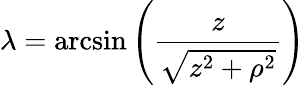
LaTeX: \lambda=\arcsin\left({\frac{z}{\sqrt{z^{2}+\rho^{2}}}}\right)